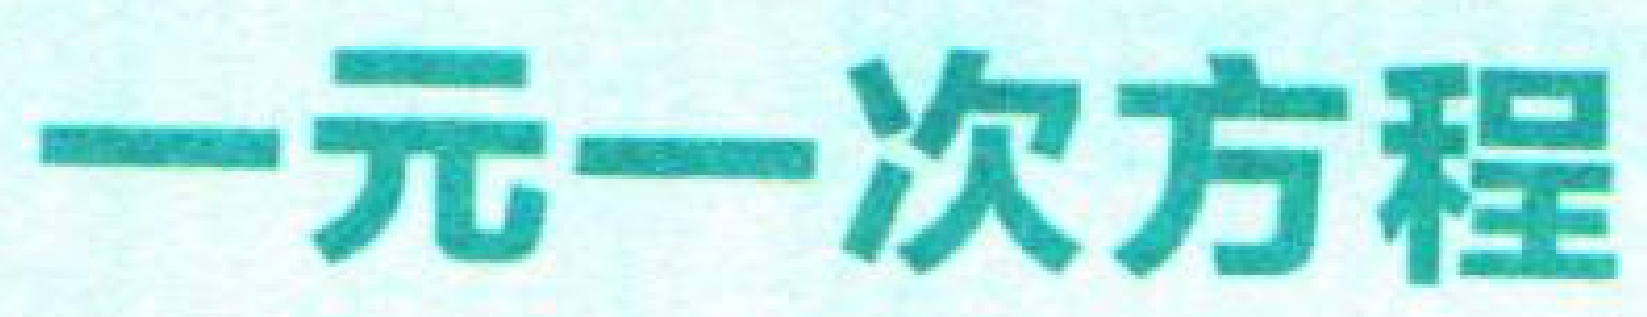
一元一次方程